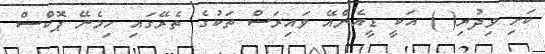
ކަށި ވިދުރި( ) އަކީ ޑީއެންއޭ ވައިރަސް ތަކުގެ ތެރޭގައި ހިމެނޭ ޕޮކްސް